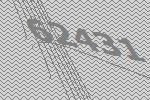
62431